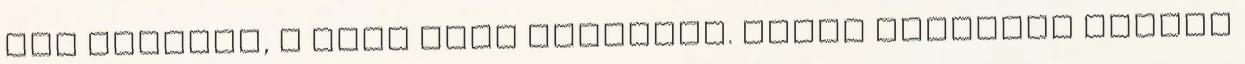
egy helyben, a Hold felé fordulva. Kezét gyermeke fejére